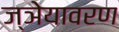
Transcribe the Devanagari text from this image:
ज्ञेयावरण